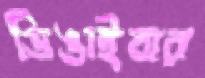
ডিঙাইবার